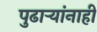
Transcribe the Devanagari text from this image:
पुढार्‍यांनाही